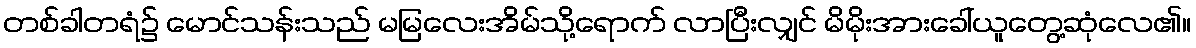
တစ်ခါတရံ၌ မောင်သန်းသည် မမြလေးအိမ်သို့ရောက် လာပြီးလျှင် မိမိုးအားခေါ်ယူတွေ့ဆုံလေ၏။